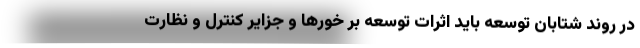
در روند شتابان توسعه باید اثرات توسعه بر خورها و جزایر کنترل و نظارت